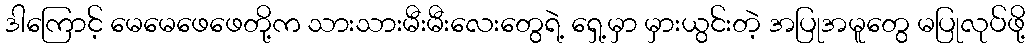
ဒါကြောင့် မေမေဖေဖေတို့က သားသားမီးမီးလေးတွေရဲ့ ရှေ့မှာ မှားယွင်းတဲ့ အပြုအမူတွေ မပြုလုပ်ဖို့